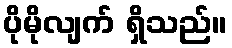
ပိုမိုလျက် ရှိသည်။